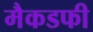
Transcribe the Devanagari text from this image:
मैकडफी